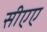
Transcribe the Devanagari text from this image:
सीएए